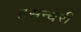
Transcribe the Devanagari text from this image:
हसन्घरी